Scottish Leaving Certificate Examination, 1960
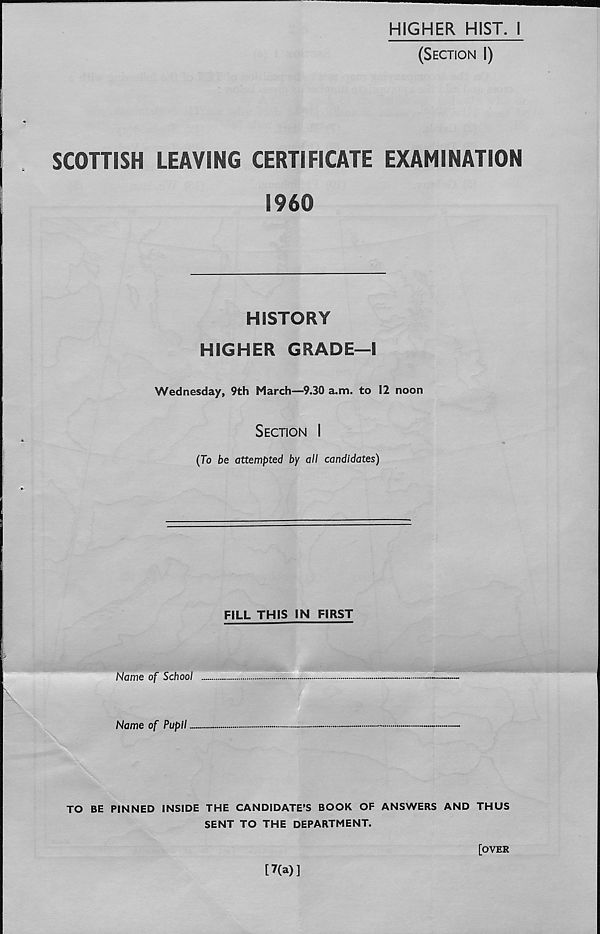
HIGHER HIST. I
(Section I)
SCOTTISH LEAVING CERTIFICATE EXAMINATION
I960
HISTORY
HIGHER GRADE—I
Wednesday, 9th March—9.30 a.m. to 12 noon
Section I
(To be attempted by all candidates)
FILL THIS IN FIRST
Name of School
Name of Pupil..
TO BE PINNED INSIDE THE CANDIDATE’S BOOK OF ANSWERS AND THUS
SENT TO THE DEPARTMENT.
[7(a)]
[OYER